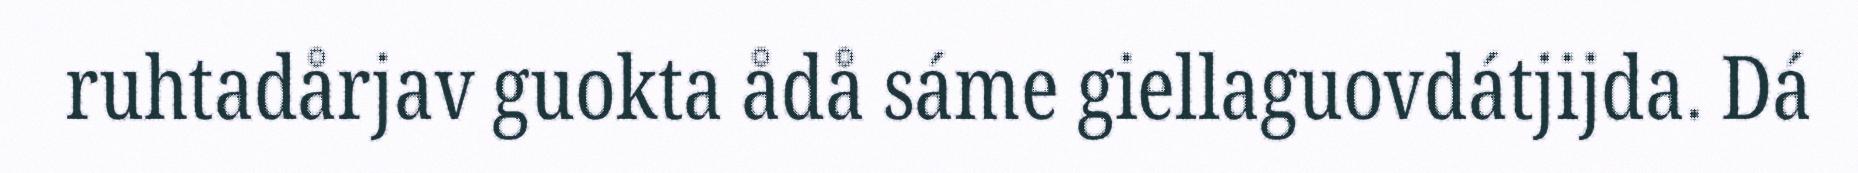
ruhtadårjav guokta ådå sáme giellaguovdátjijda. Dá